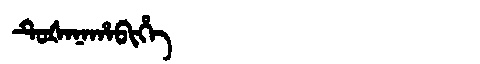
Manchu: ᡨᡠᡧᠠᠨᠠᡥᠠᠪᡳᡥᡝ
Romanization: TUŠANAHABIHE